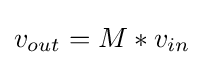
v_{out}=M*v_{in}